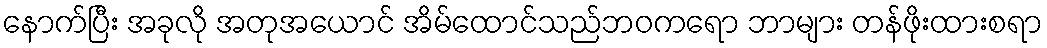
နောက်ပြီး အခုလို အတုအယောင် အိမ်ထောင်သည်ဘဝကရော ဘာများ တန်ဖိုးထားစရာ